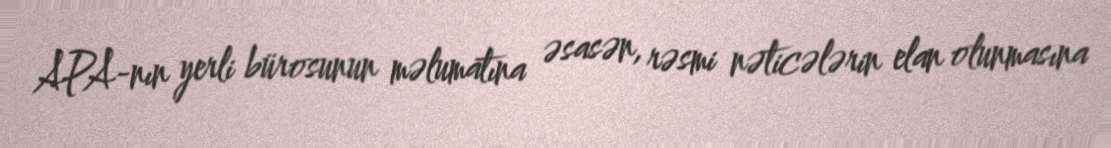
APA-nın yerli bürosunun məlumatına əsasən, rəsmi nəticələrin elan olunmasına